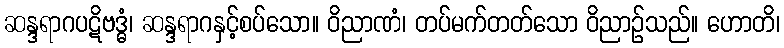
ဆန္ဒရာဂပဋိဗဒ္ဓံ၊ ဆန္ဒရာဂနှင့်စပ်သော။ ဝိညာဏံ၊ တပ်မက်တတ်သော ဝိညာဉ်သည်။ ဟောတိ၊